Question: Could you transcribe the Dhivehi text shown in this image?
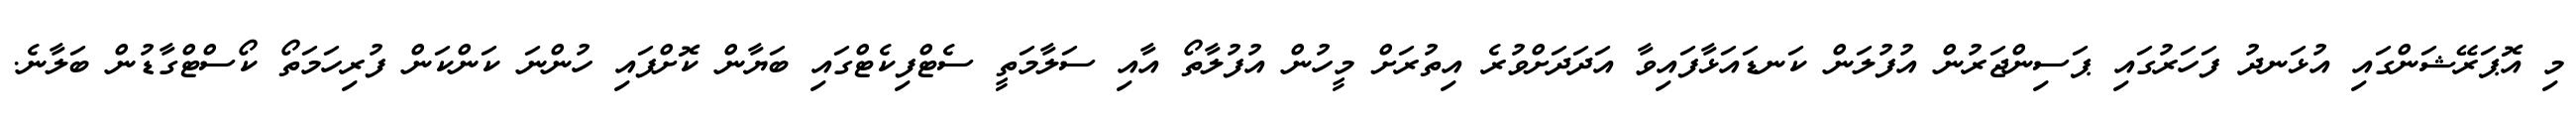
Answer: މި އޮޕަރޭޝަންގައި އުޅަނދު ފަހަރުގައި ޕަސިންޖަރުން އުފުލަން ކަނޑައަޅާފައިވާ އަދަދަށްވުރެ އިތުރަށް މީހުން އުފުލާތޯ އާއި ސަލާމަތީ ސެޓްފިކެޓްގައި ބަޔާން ކޮށްފައި ހުންނަ ކަންކަން ފުރިހަމަތޯ ކޯސްޓްގާޑުން ބަލާނެ.